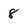
Character: 8